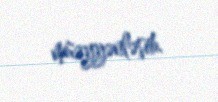
müəyyənləşib.